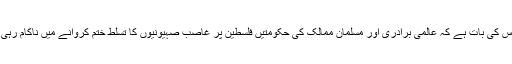
افسوس کی بات ہے کہ عالمی برادری اور مسلمان ممالک کی حکومتیں فلسطین پر غاصب صہیونیوں کا تسلط ختم کروانے میں ناکام رہی ہیں۔